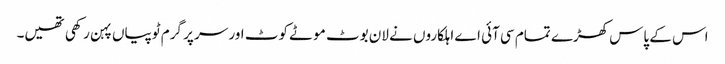
اس کے پاس کھڑے تمام سی آئی اے اہلکاروں نے لان بوٹ موٹے کوٹ اور سر پر گرم ٹوپیاں پہن رکھی تھیں۔